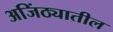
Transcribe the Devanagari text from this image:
अजिंठ्यातील